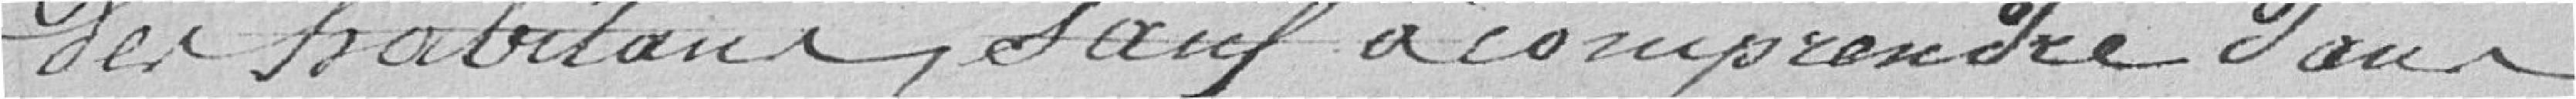
des habitants, sauf à comprendre dans